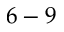
6 - 9